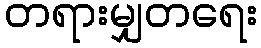
တရားမျှတရေး